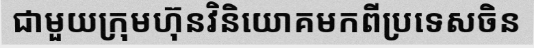
ជាមួយក្រុមហ៊ុនវិនិយោគមកពីប្រទេសចិន